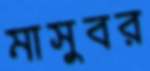
মাসুবর